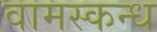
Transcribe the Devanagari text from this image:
वामस्कन्ध